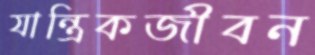
যান্ত্রিকজীবন